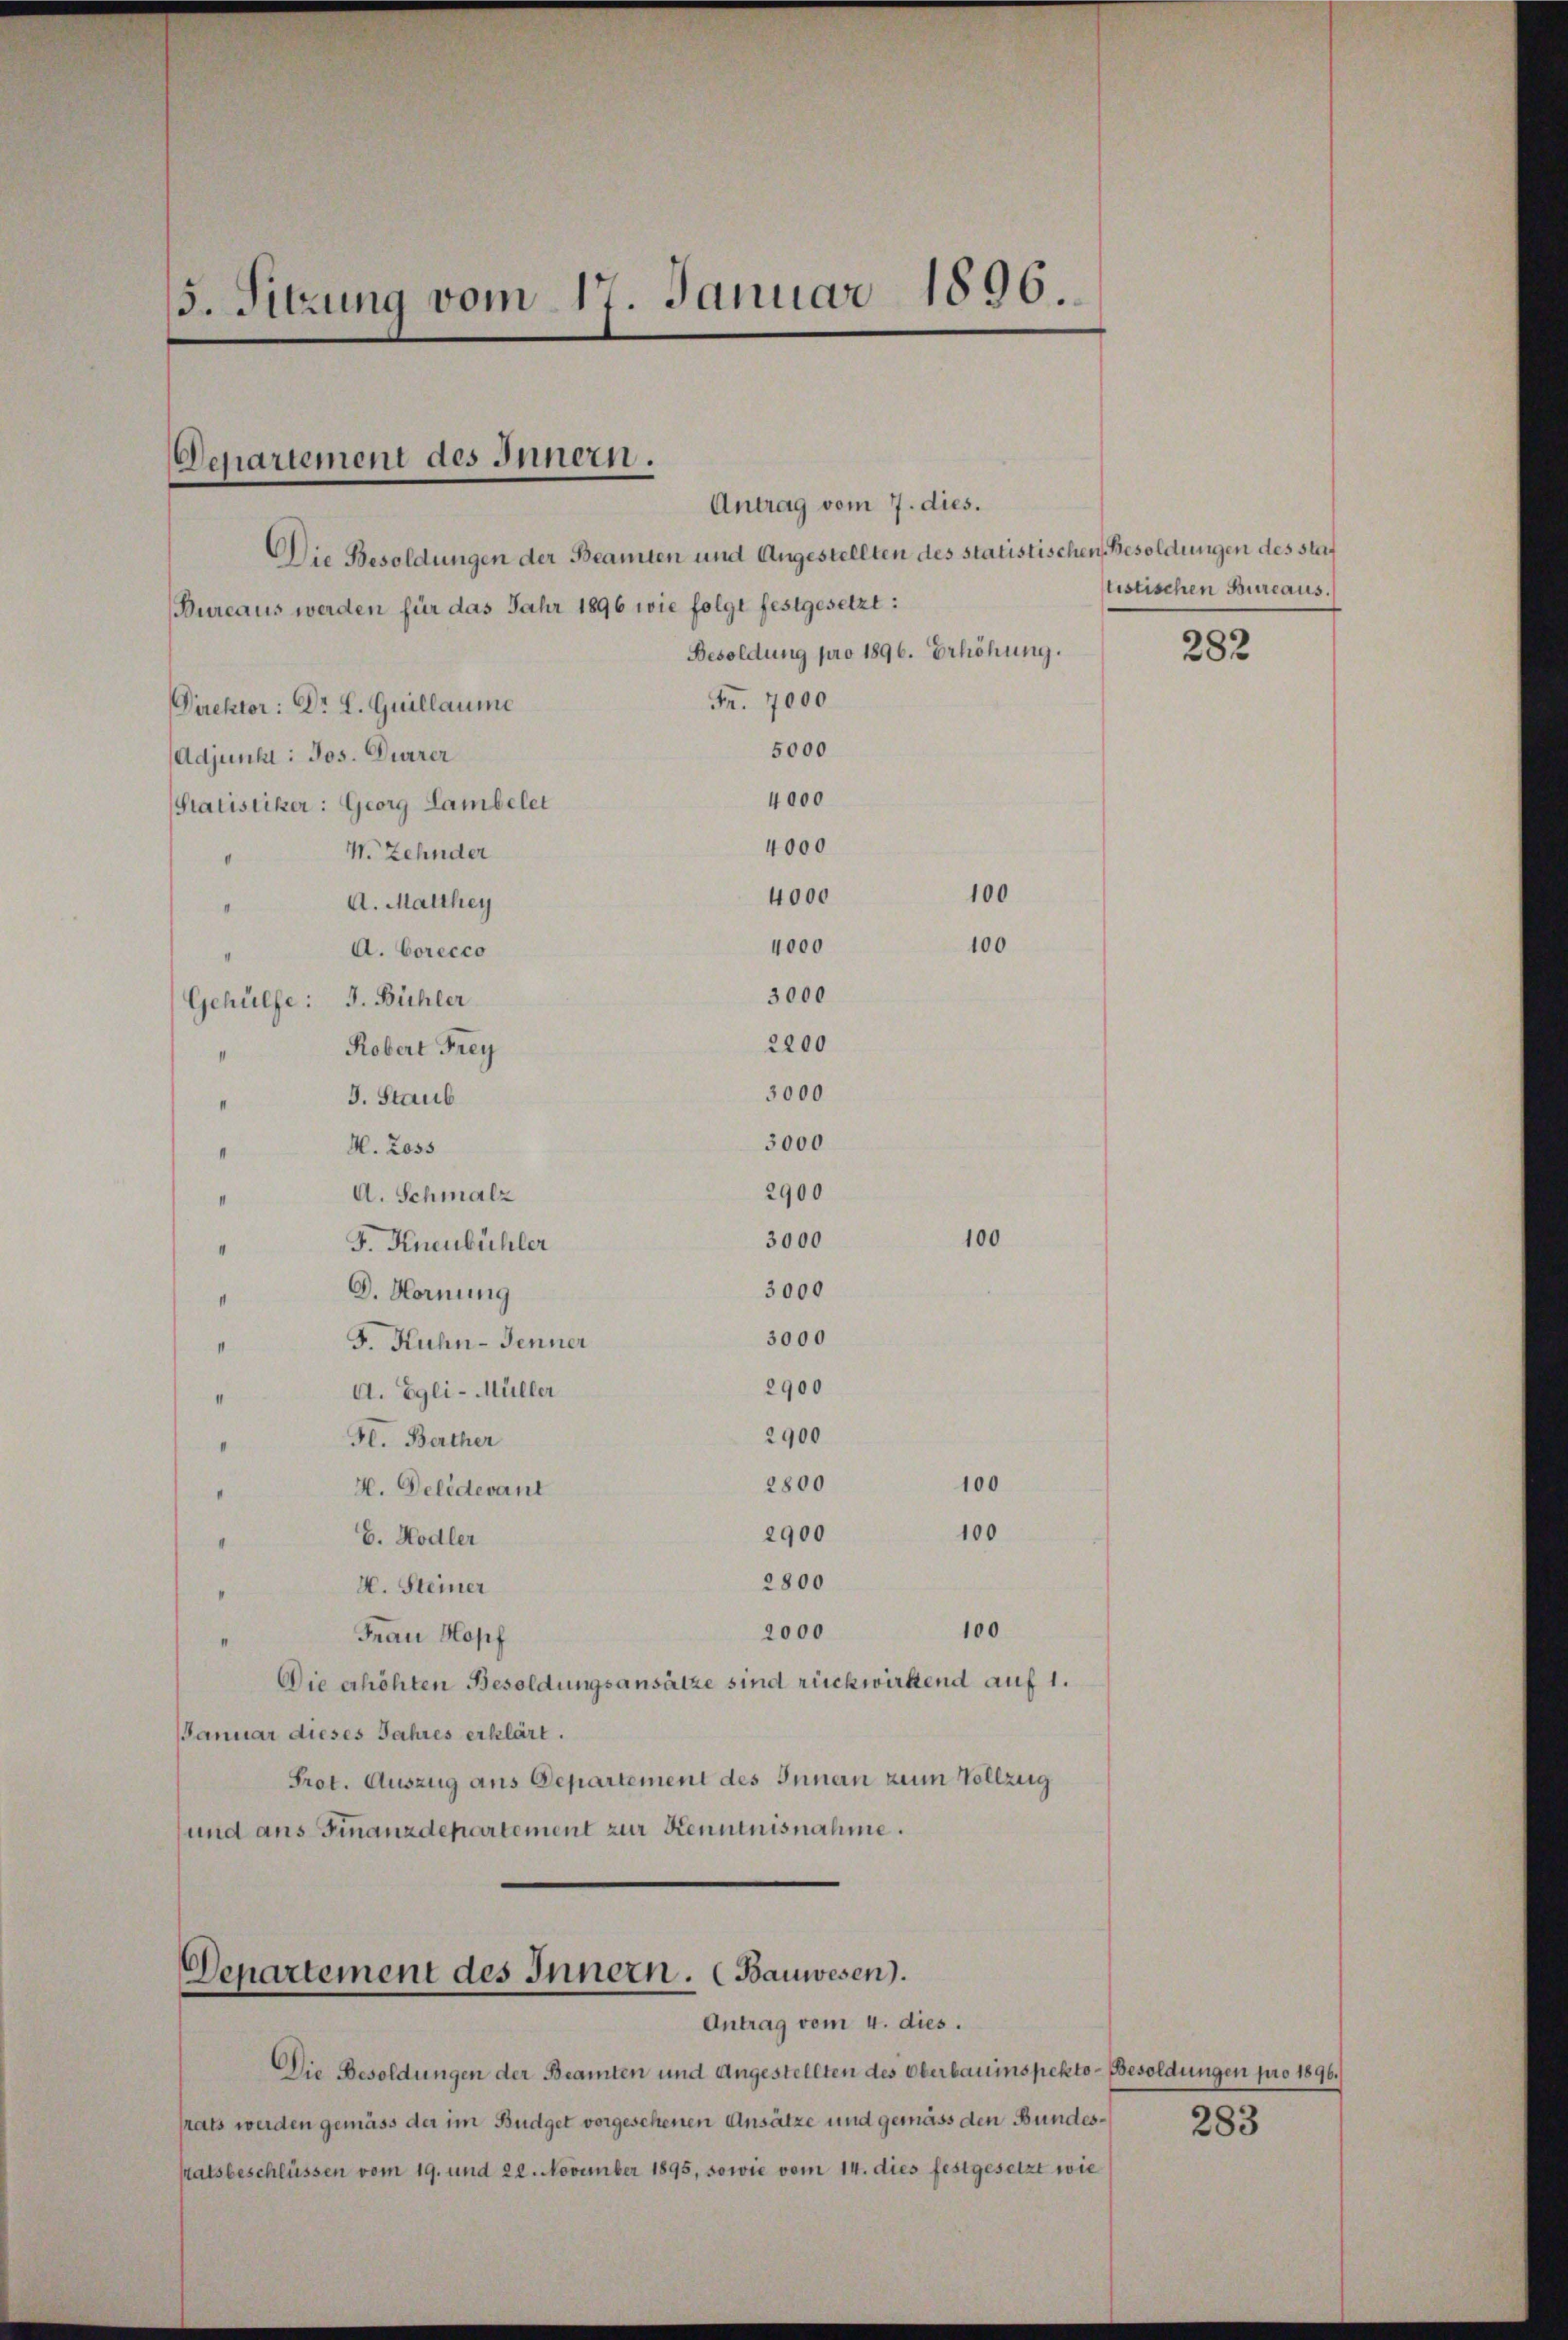
5. Sitzung vom 17. Januar 1896

Departement des Innern.

Departement des Innern. (Bauwesen.
Antrag vom 4. dies.

Antrag vom 7. dies.
Die Besoldungen der Beamten und Angestellten des statistischen Besoldungen des stat
Bureaus werden für das Jahr 1896 wie folge festgesetzt:
Besoldung pro 1896. Erhöhung.
Fr. 7000
Direktor: Dr. L. Guillaume
5000
Adjunkt: Jos. Durrer
4000
ratistiker: Georg Lambelet
4000
V. Zehnder
.
4000
A. Malthey
4000
A. Corecco
3000
Gehülfe: J. Bühler
2200
Robert Frey
3000
J. Staub
3000
H. Ross
I
2900
A. Schmalz
II
100
3000
F. Knenbühler
II
3000
D. Hornung
3000
J. Kuhn-Jenner
2900
A. Egli-Müller
2900
Hl. Berther
2800
100
4. Delidevant
100
2900
E. Hodler
2800
H. Steiner
100
2000
Frau Hopf
Die erhöhten Besoldungsansätze sind rückwirkend auf 1.
Januar dieses Jahres erklärt.
Prot. Auszug aus Departement des Innern zum Vollzug
und aus Finanzdepartement zur Kenntnisnahme.

100
100

Die Besoldungen der Beamten und Angestellten des Oberbauinspekto- Besoldungen pro 1896.
rats werden gemäss der im Budget vorgesehenen Ansätze und gemäss den Bundessatsbeschlüssen vom 19. und 22. November 1895, sowie vom 14. dies festgesetzt wie

listischen Bureaus.

282

283